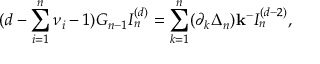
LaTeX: ( d - \sum _ { i = 1 } ^ { n } \nu _ { i } - 1 ) G _ { n - 1 } I _ { n } ^ { ( d ) } = \sum _ { k = 1 } ^ { n } ( \partial _ { k } \Delta _ { n } ) { \bf k ^ { - } } I _ { n } ^ { ( d - 2 ) } ,